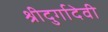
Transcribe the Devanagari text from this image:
श्रीदुर्गादेवी